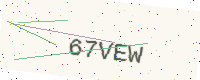
Text: 67VEW